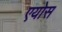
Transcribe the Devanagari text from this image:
एयोस